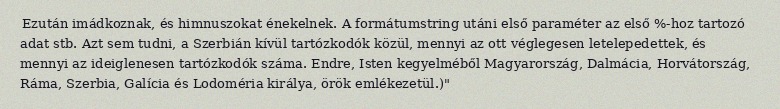
Ezután imádkoznak, és himnuszokat énekelnek. A formátumstring utáni első paraméter az első %-hoz tartozó adat stb. Azt sem tudni, a Szerbián kívül tartózkodók közül, mennyi az ott véglegesen letelepedettek, és mennyi az ideiglenesen tartózkodók száma. Endre, Isten kegyelméből Magyarország, Dalmácia, Horvátország, Ráma, Szerbia, Galícia és Lodoméria királya, örök emlékezetül.)"